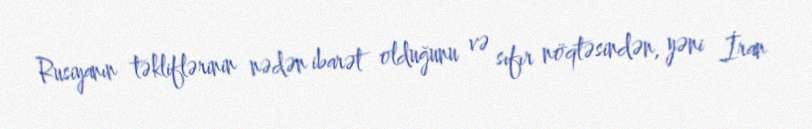
Rusiyanın təkliflərinin nədən ibarət olduğunu və sıfır nöqtəsindən, yəni İran